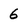
Character: 6